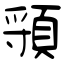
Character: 頱